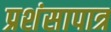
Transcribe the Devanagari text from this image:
प्रशंसापात्र